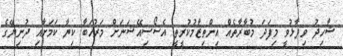
ޝާހިދު ވިދާޅުވީ މިފަދަ މުބާރާތެއް އިންތިޒާމުކުރީތީ އެސޯސިއޭޝަނަށް މަރުހަބާ ކިޔާ ކަމަށާއި ދުނިޔޭގެ